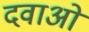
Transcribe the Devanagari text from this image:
दवाअों